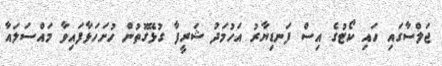
ޖަލްސާގައި ހައި ކޯޓުގެ އިސް ފަނޑިޔާރު އަހުމަދު ޝަރީފާ ގުޅޭގޮތުން ހުށަހަޅާފައިވާ މައްސަލައާ